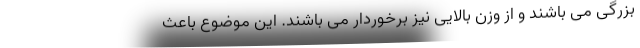
بزرگی می باشند و از وزن بالایی نیز برخوردار می باشند. این موضوع باعث